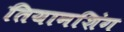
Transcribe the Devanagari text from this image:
तियानशिंग